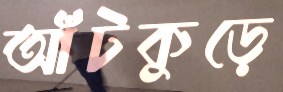
আঁটকুড়ে